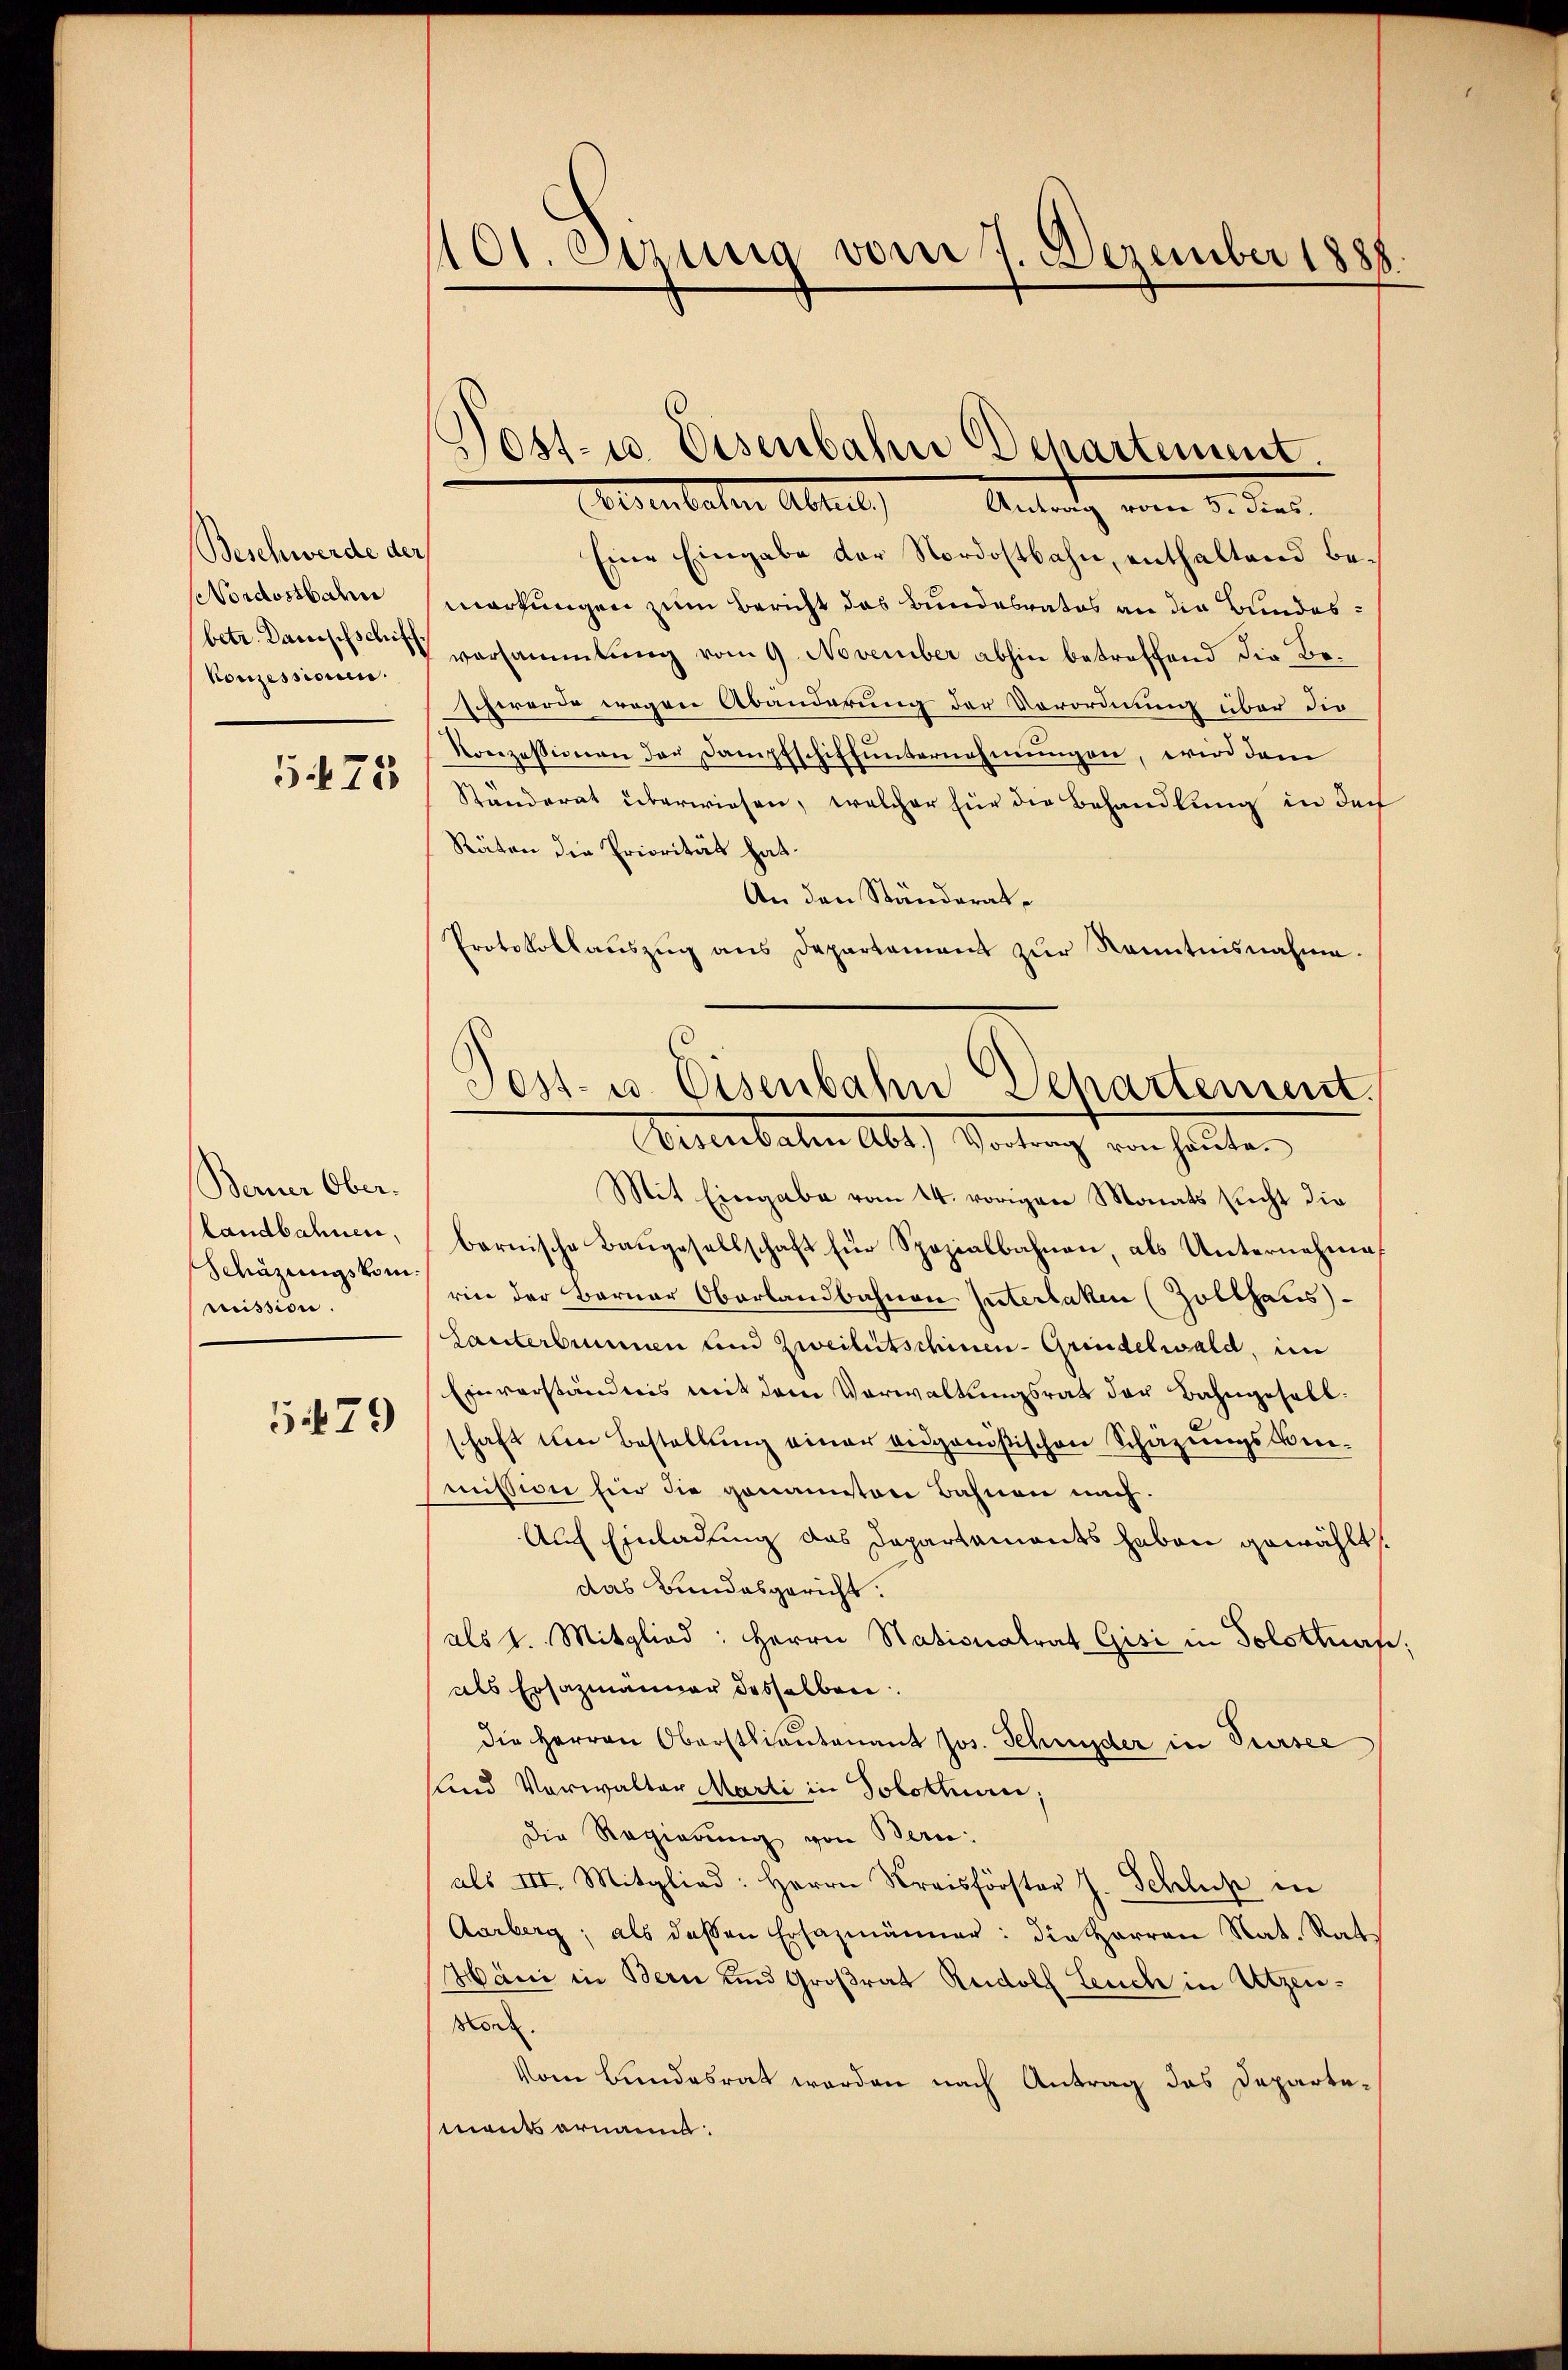
Beschwerde der
NNordostbahn
Konzessioni.

5475

Berner Ober-
Landbahnen,
Schäzungskom
mission.

5479

1101. Sitzung vom 7. Dezember 1888.

Antrag vom 5. dies.
Eine Eingabe der Nordostbahn, enthaltend bemarkungen zum Bericht das Bundesrates an die Bundesbetr. Damischen versammlung vom 9. November abhin betreffend die Behwerde wegen Abänderung der Verordnung über die
Konzessionen der Dampfschiffunternehmungen, wird dem
Ständerat überwiesen, welcher für die Behandlung in doch
Räten die Priorität hat.
An den Ständerat,
Protokollaŭszŭg ans Departamens zŭr Kenntnisnahme.

Visenbaten Abt.) Vortrag von heute.
Mit Eingabe vom 14. vorigen Monats Richt die
barnische Baugesellschaft für Spezialbahnen, als Unternehmes
rin der Berner Oberlandbahnen Güterlaken (Zolthaus
Lanterbrunnen und Zweiheitschinen - Grindelwald, im
Einverständnis mit dem Verwaltungsrat der Bahngesell
schaft um Bestellung einer eidgenößischen Schazungskommission hin die genannten Bahnen nach.
Auch Einladung das Departaments haben gewählt:
das Bundesgericht:
als 1. Mitglied: Herrn Nationalrat Gisi in Solothurn,
als Ersazmänner desselben.
die Herren Oberstliantenant Jos. Schnyder in Sursee
Und Verwalter Marti in Solothurn,
Die Regierung von Bern:
als III. Mitglied: Herrn Kreisförster J. Schluß in
Aarberg; als dessen Ersazmänner: die Herren Nat. Rat
Häni in Bern und Großrat Rudolf Leuch in Utzen¬
Honz
Vom Bundesrat werden nach Antrag des Departemants ornamt.

Post- u. Eisenbahn Departement.
oeventaten Abrut

Post- u. Eisenbahn Departement.